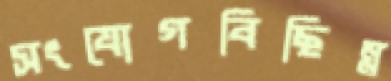
সংযোগবিছিন্ন